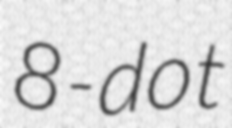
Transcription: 8-dot